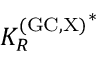
{ K _ { R } ^ { \mathrm { ( G C , X ) } } } ^ { * }